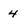
Character: 4